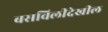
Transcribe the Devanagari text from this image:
बसविलीदेखील